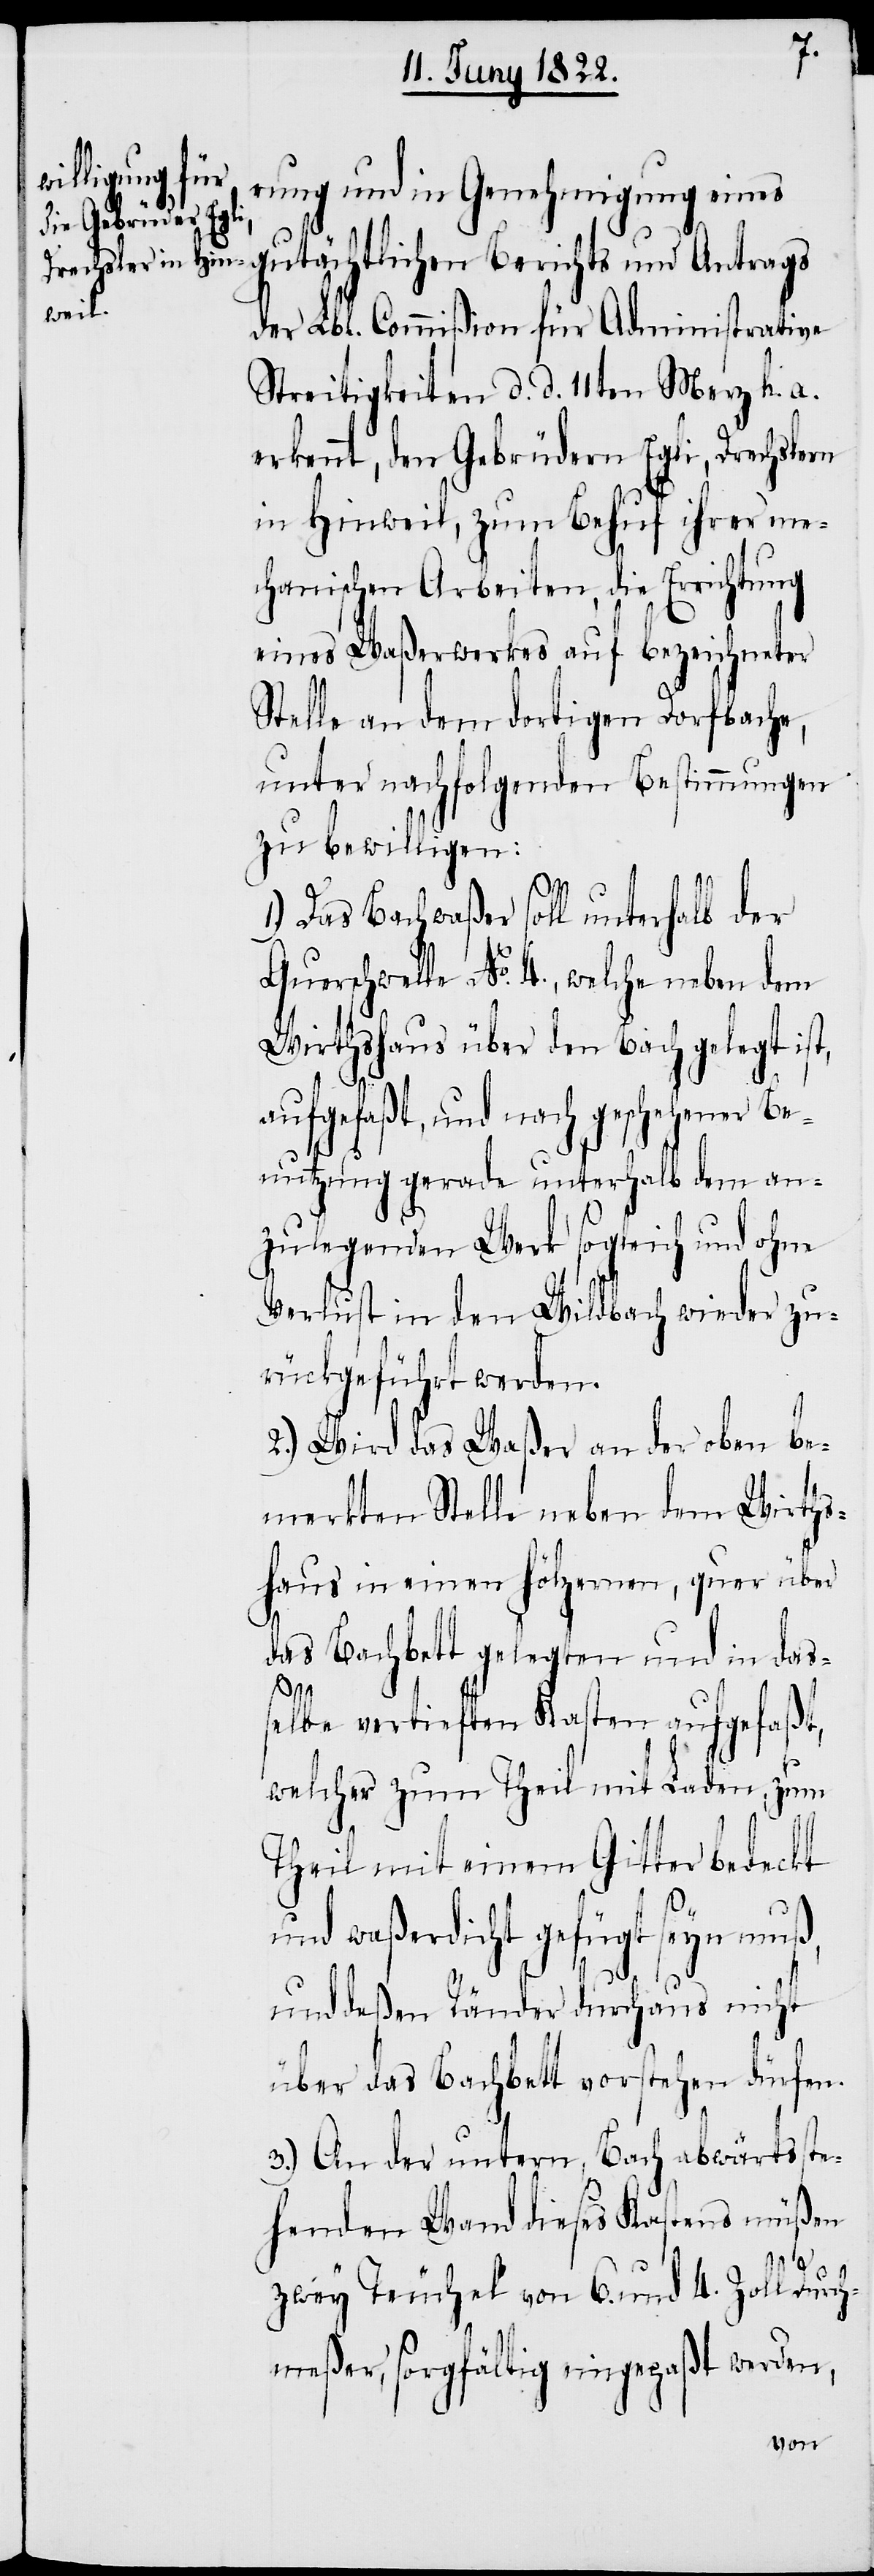
rung und in Genehmigung eines
gutächtlichen Berichts und Antrags
der Lbl. Commißion für Administrative
Streitigkeiten d. d. 11ten Merz h. a.
erkennt, den Gebrüdern Egli, Drechslern
in Hinweil, zum Behuf ihrer me¬
chanischen Arbeiten, die Errichtung
eines Waßerwerkes auf bezeichneter
Stelle an dem dortigen Dorfbache,
unter nachfolgenden Bestimmungen
zu bewilligen:
1.) Das Bachwaßer soll unterhalb der
Querschwelle No. 4., welche neben dem
Wirthshaus über den Bach gelegt ist,
aufgefaßt, und nach geschehener Be¬
nutzung gerade unterhalb dem an¬
zulegenden Werk sogleich und ohne
Verlust in den Wildbach wieder zu¬
rückgeführt werden.
2.) Wird das Waßer an der oben be¬
merkten Stelle neben dem Wirths¬
haus in einen hölzernen, quer über
das Bachbett gelegten und in daß¬
elbe vertieften Kasten aufgefaßt,
welcher zum Theil mit Laden, zum
Theil mit einem Gitter bedeckt
und waßerdicht gefügt seyn muß,
und deßen Ränder durchaus nicht
über das Bachbett vorstehen dürfen.
3.) An der untern, Bach abwärts ste¬
henden Wand dieses Kastens müßen
zwey Teuchel von 6. und 4. Zoll Durc¬
hmeßer, sorgfältig eingefaßt werden,